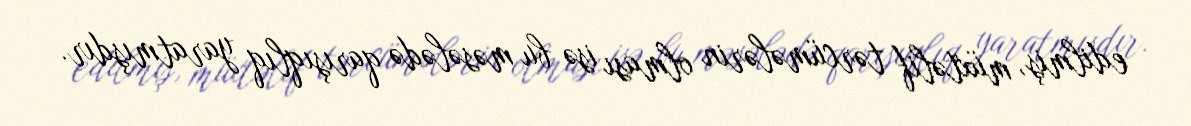
edilmiş, müxtəlif tərcümələrin olması isə bu məsələdə qarışıqlıq yaratmışdır.